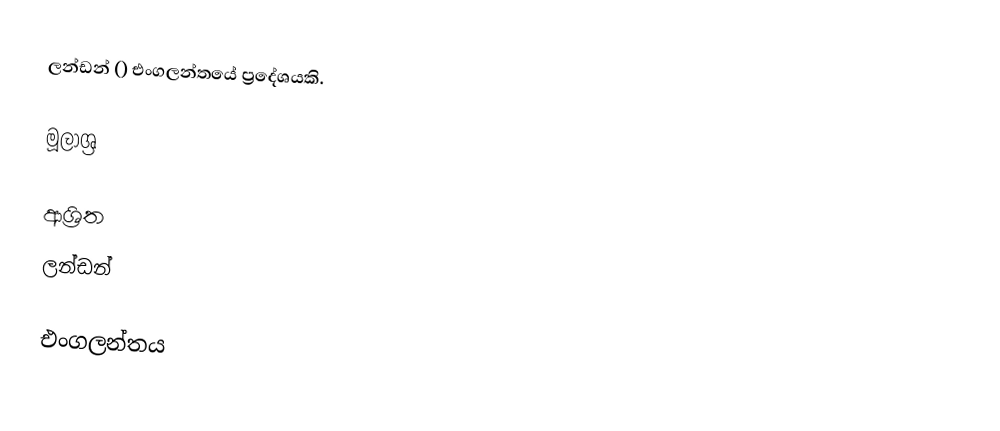
ලන්ඩන් () එංගලන්තයේ ප්‍රදේශයකි.

මූලාශ්‍ර

ආශ්‍රිත
 ලන්ඩන්

එංගලන්තය